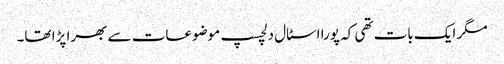
مگر ایک بات تھی کہ پورا اسٹال دلچسپ موضوعات سے بھرا پڑا تھا۔